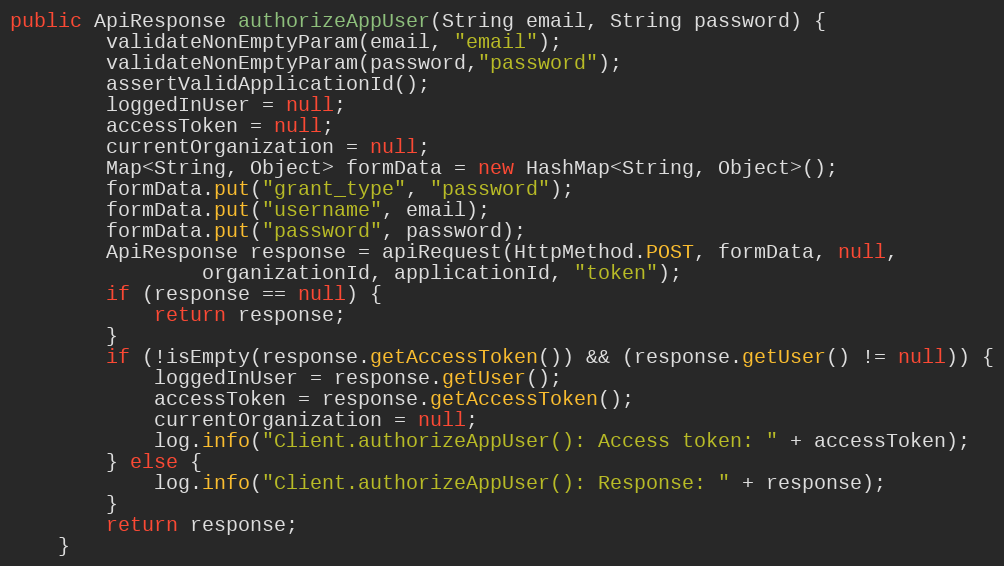
Language: Java
public ApiResponse authorizeAppUser(String email, String password) {
        validateNonEmptyParam(email, "email");
        validateNonEmptyParam(password,"password");
        assertValidApplicationId();
        loggedInUser = null;
        accessToken = null;
        currentOrganization = null;
        Map<String, Object> formData = new HashMap<String, Object>();
        formData.put("grant_type", "password");
        formData.put("username", email);
        formData.put("password", password);
        ApiResponse response = apiRequest(HttpMethod.POST, formData, null,
                organizationId, applicationId, "token");
        if (response == null) {
            return response;
        }
        if (!isEmpty(response.getAccessToken()) && (response.getUser() != null)) {
            loggedInUser = response.getUser();
            accessToken = response.getAccessToken();
            currentOrganization = null;
            log.info("Client.authorizeAppUser(): Access token: " + accessToken);
        } else {
            log.info("Client.authorizeAppUser(): Response: " + response);
        }
        return response;
    }